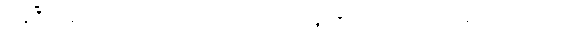
လွန်ပြီးလသော်။ ယာဝတာယုကံ၊ အသက်ရှည်သမျှ ကာလပတ်လုံး။ ဘဝင်္ဂံ၊ ဘဝင်သည်။